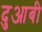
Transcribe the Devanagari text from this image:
दुआबी